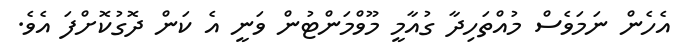
އެހެން ނަމަވެސް މުއްތަހިދާ ގުއާމީ މޫވްމަންޓުން ވަނީ އެ ކަން ދޮގުކޮށްފަ އެވެ.